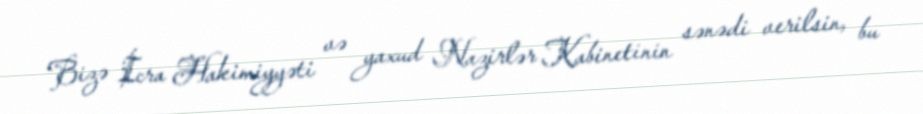
Bizə İcra Hakimiyyəti və yaxud Nazirlər Kabinetinin sənədi verilsin, bu